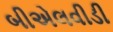
બીએલવીડી